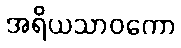
အရိယသာဝကော